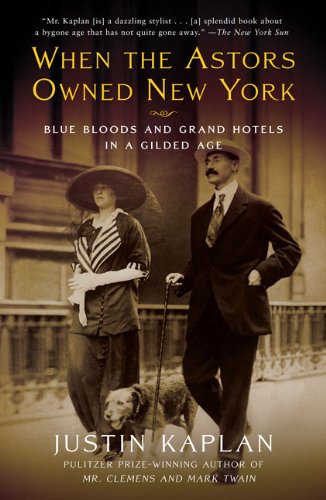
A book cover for When the Astors Owned New York: Blue Bloods and Grand Hotels in a Gilded Age; Justin Kaplan; Business & Money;